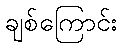
ချစ်ကြောင်း